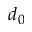
d _ { 0 }